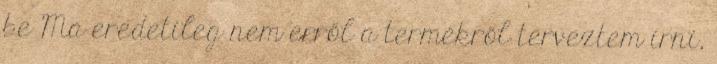
be Ma eredetileg nem erről a termékről terveztem írni,